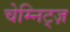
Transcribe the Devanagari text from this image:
चेम्निट्ज़